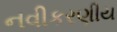
નવીકરણીય